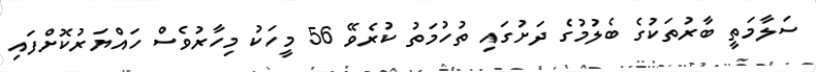
ސަލާމަތީ ބާރުތަކުގެ ބެލުމުގެ ދަށުގައި ތުހުމަތު ކުރެވޭ 56 މީހަކު މިހާރުވެސް ހައްޔަރުކޮށްފައި